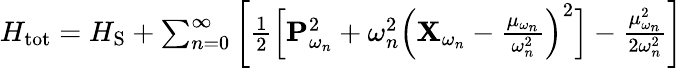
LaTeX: \begin{array}{r}{H_{\mathrm{tot}}=H_{\mathrm{S}}+\sum_{n=0}^{\infty}\left[\frac{1}{2}\left[\mathbf{P}_{\omega_{n}}^{2}+\omega_{n}^{2}\Big(\mathbf{X}_{\omega_{n}}-\frac{\mathbf{\mu}_{\omega_{n}}}{\omega_{n}^{2}}\Big)^{2}\right]-\frac{\mathbf{\mu}_{\omega_{n}}^{2}}{2\omega_{n}^{2}}\right]}\end{array}